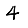
Digit: 4